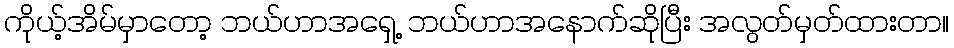
ကိုယ့်အိမ်မှာတော့ ဘယ်ဟာအရှေ့ ဘယ်ဟာအနောက်ဆိုပြီး အလွတ်မှတ်ထားတာ။